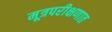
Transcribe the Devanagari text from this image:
मूत्रपरीक्षणात